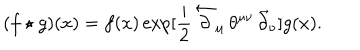
LaTeX: ( f \star g ) ( x ) = f ( x ) \exp [ \frac { i } { 2 } \, \overleftarrow { \partial } _ { \mu } \, \theta ^ { \mu \nu } \, \overrightarrow { \partial } _ { \nu } ] g ( x ) .